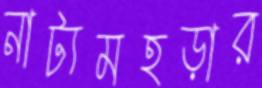
নাট্যমহড়ার